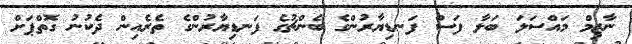
ނާޒިމް މައްސަލަ ބަލާ ފަސް ފަނޑިޔާރުންގެ ބެންޗުގެ ފަނޑިޔާރުންގެ ތެރެއިން ދެކުނު ގޮތްޕަށް